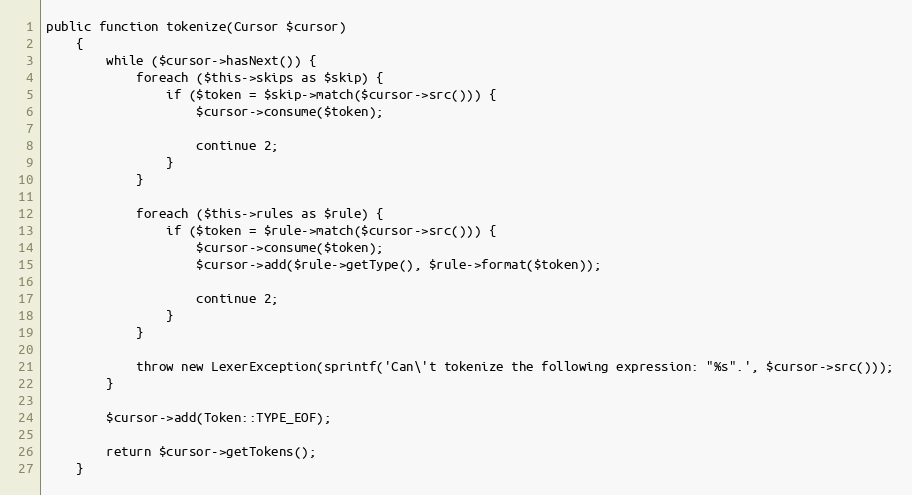
Language: PHP
public function tokenize(Cursor $cursor)
    {
        while ($cursor->hasNext()) {
            foreach ($this->skips as $skip) {
                if ($token = $skip->match($cursor->src())) {
                    $cursor->consume($token);

                    continue 2;
                }
            }

            foreach ($this->rules as $rule) {
                if ($token = $rule->match($cursor->src())) {
                    $cursor->consume($token);
                    $cursor->add($rule->getType(), $rule->format($token));

                    continue 2;
                }
            }

            throw new LexerException(sprintf('Can\'t tokenize the following expression: "%s".', $cursor->src()));
        }

        $cursor->add(Token::TYPE_EOF);

        return $cursor->getTokens();
    }